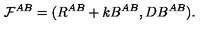
{ \cal F } ^ { A B } = ( R ^ { A B } + k B ^ { A B } , D B ^ { A B } ) .